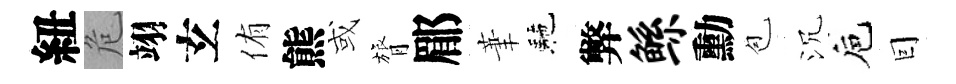
紐危翊𤣥侑熊或膂郿茟駰弊鲧勳苞沉巵囙